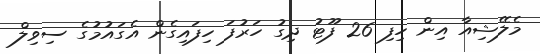
މެލޭޝިއާ އިން ހިފި 26 ފޫޓު ދިގު ހަރުފަ ހިފައިގެން އެގައުމުގެ ސިވިލް